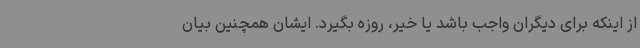
از اینکه برای دیگران واجب باشد یا خیر، روزه بگیرد. ایشان همچنین بیان